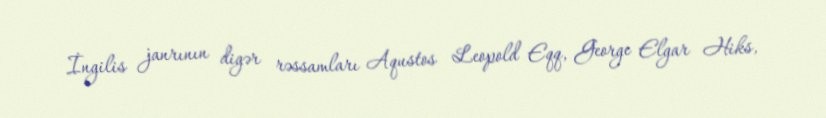
İngilis janrının digər rəssamları Aqustos Leopold Eqq, George Elgar Hiks,